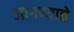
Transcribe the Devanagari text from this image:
जागण्याचे